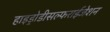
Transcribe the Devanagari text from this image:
हाइड्रोडीसल्फराईजेशन